65_HS1-834228961_62-HQ-83894_Serial_449
Agency: FBI
Page 1
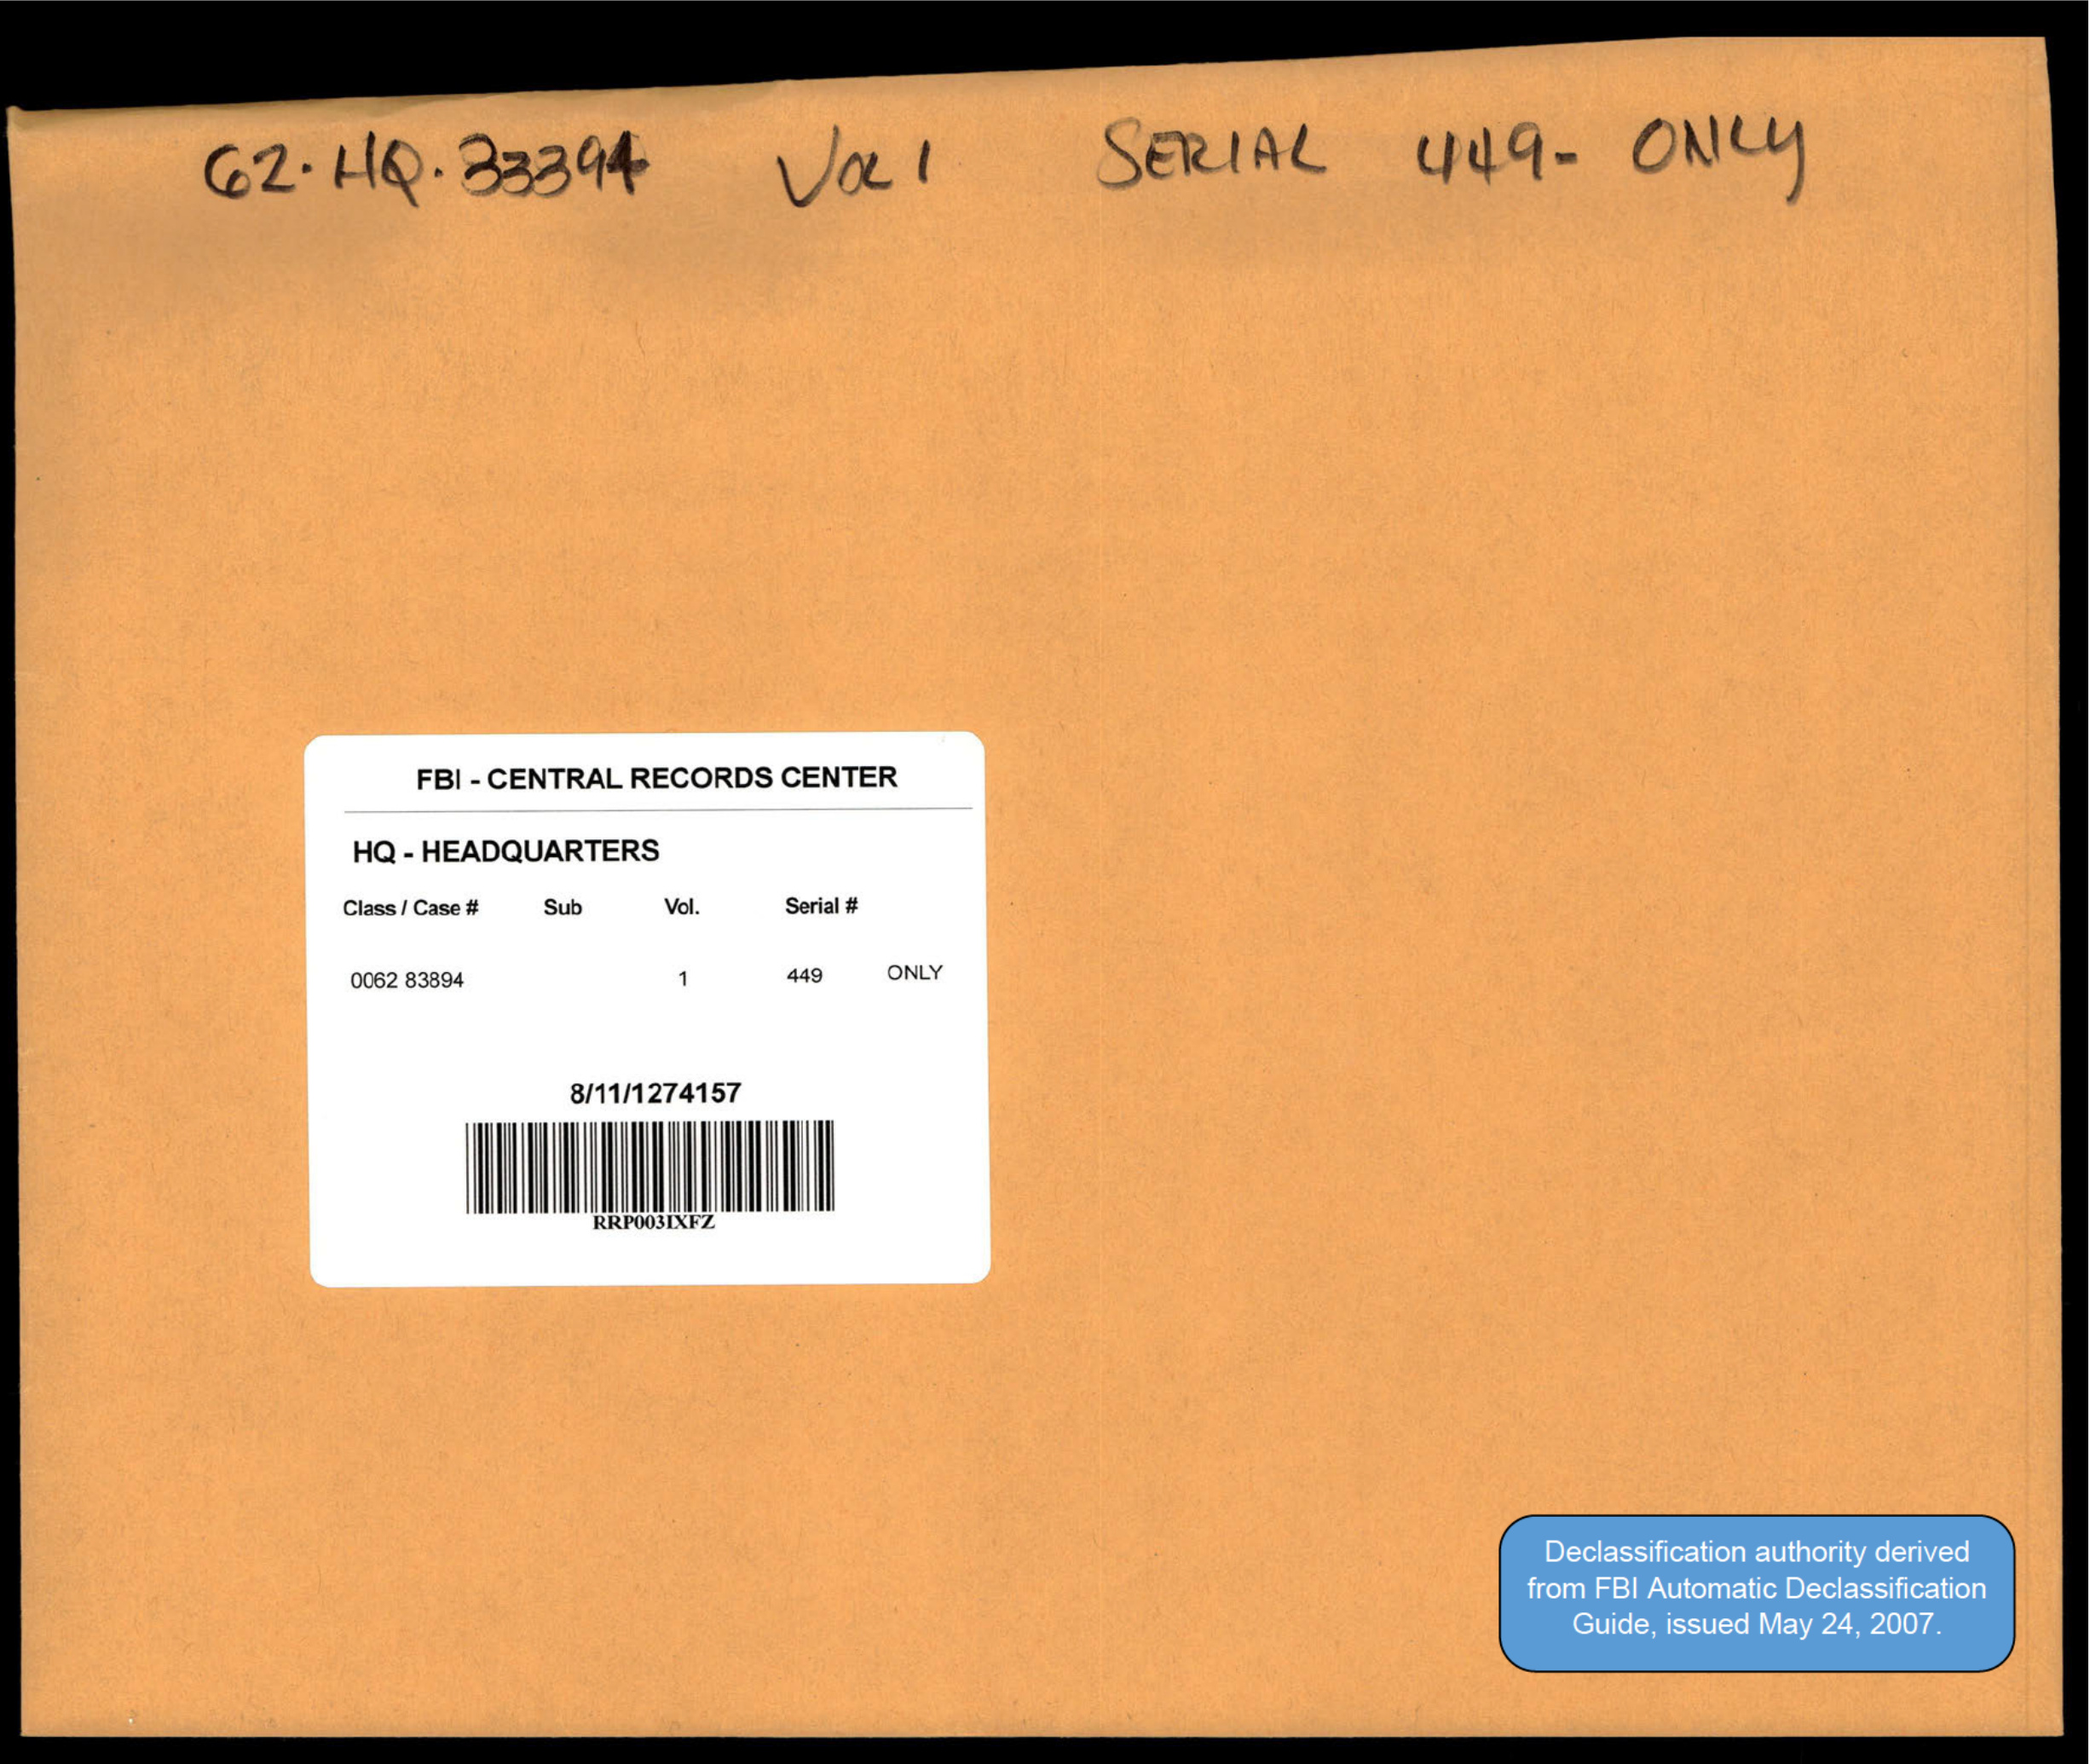